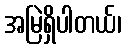
အမြဲရှိပါတယ်၊